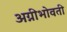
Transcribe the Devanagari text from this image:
अग्नीभोवती